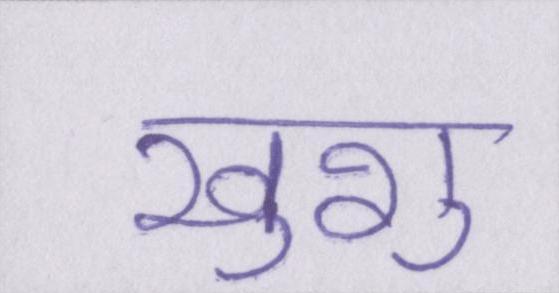
खुशु